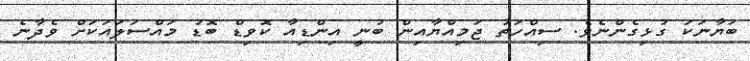
ބަޔާނަކަ ގުޅިގެންނެވެ. ސިއްހަތު ޖަމިއްޔާއިން ބުނީ އިންޑިއާ ކޮވިޑް ބޮޑު މައްސަލައަކަށް ވެދާނެ